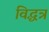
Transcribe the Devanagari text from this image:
विद्धत्र